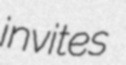
invites